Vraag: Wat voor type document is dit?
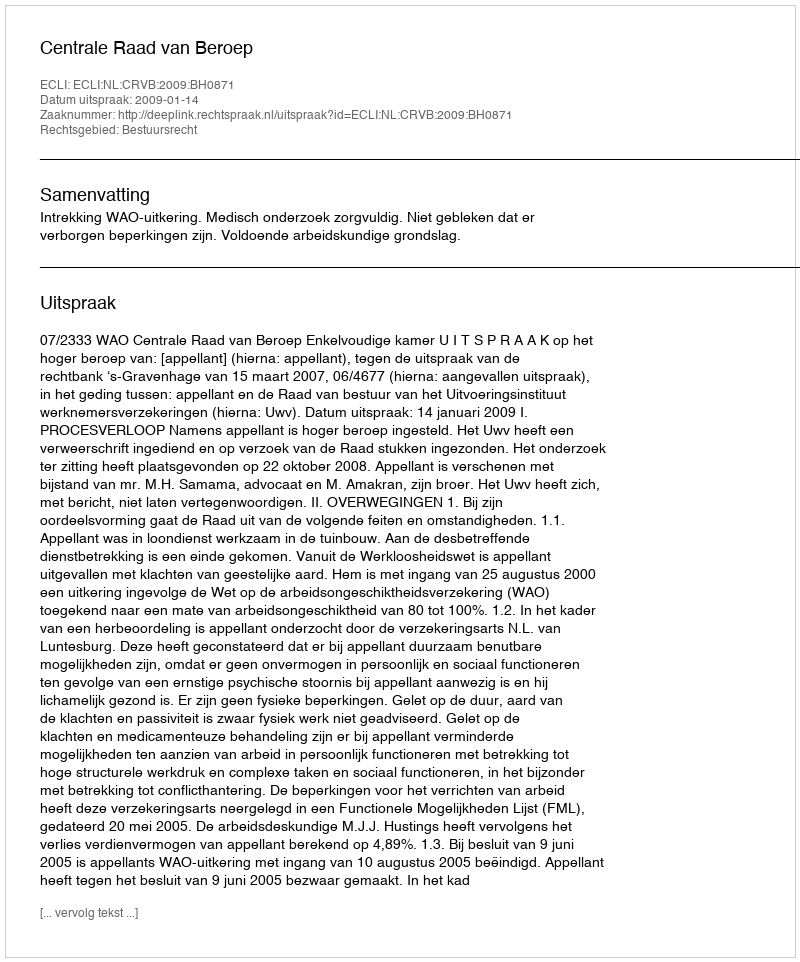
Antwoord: Uitspraak